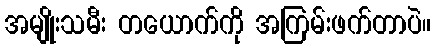
အမျိုးသမီး တယောက်ကို အကြမ်းဖက်တာပဲ။